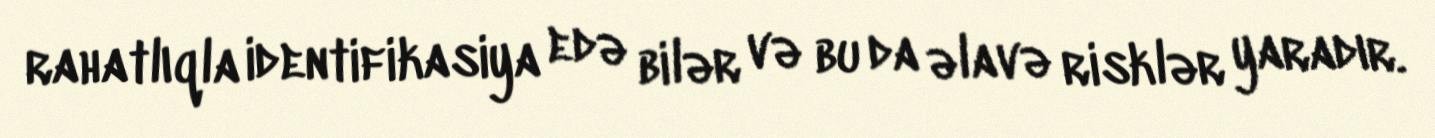
rahatlıqla identifikasiya edə bilər və bu da əlavə risklər yaradır.